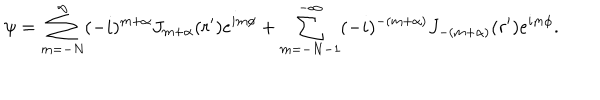
LaTeX: \psi = \sum _ { m = - N } ^ { \infty } ( - i ) ^ { m + \alpha } J _ { m + \alpha } ( r ^ { \prime } ) e ^ { i m \phi } + \sum _ { m = - N - 1 } ^ { - \infty } ( - i ) ^ { - ( m + \alpha ) } J _ { - ( m + \alpha ) } ( r ^ { \prime } ) e ^ { i m \phi } .